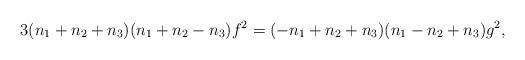
LaTeX: \begin{align*}3(n_1+n_2+n_3)(n_1+n_2-n_3)f^2=(-n_1+n_2+n_3)(n_1-n_2+n_3)g^2,\end{align*}